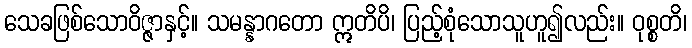
သေခဖြစ်သောဝိဇ္ဇာနှင့်။ သမန္နာဂတော ဣတိပိ၊ ပြည့်စုံသောသူဟူ၍လည်း။ ဝုစ္စတိ၊